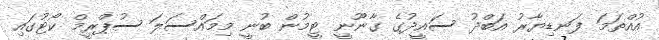
އުއްތަމަ ފަނޑިޔާރު އަބްދު ސައީދުގެ ގާނޫނީ ޓީމުން ބުނީ މިމައްސަލަ ސުޕްރީމް ކޯޓުގައި